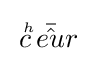
{\overset {~_{h}}{c}}{\bar {\hat {eu}}}r